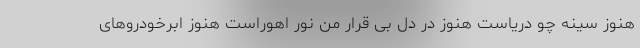
هنوز سینه چو دریاست هنوز در دل بی قرار من نور اهوراست هنوز ابرخودروهای